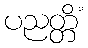
ပညတ္တိံ